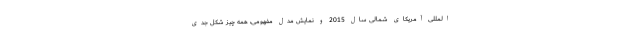
المللی آمریکای شمالی سال 2015 و نمایش مدل مفهومی، همه چیز شکل جدی